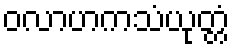
ဝလာဟကသံယုတ္တံ